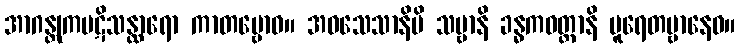
အာဂန္တုကပဋိသန္ထာရော ကာတဗ္ဗောဝ။ အဝသေသာနိပိ သဗ္ဗာနိ ခန္ဓကဝတ္တာနိ ပူရေတဗ္ဗာနေဝ။